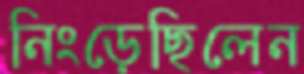
নিংড়েছিলেন